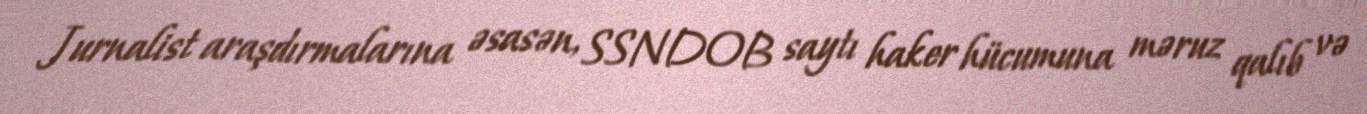
Jurnalist araşdırmalarına əsasən, SSNDOB saytı haker hücumuna məruz qalıb və